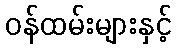
ဝန်ထမ်းများနှင့်